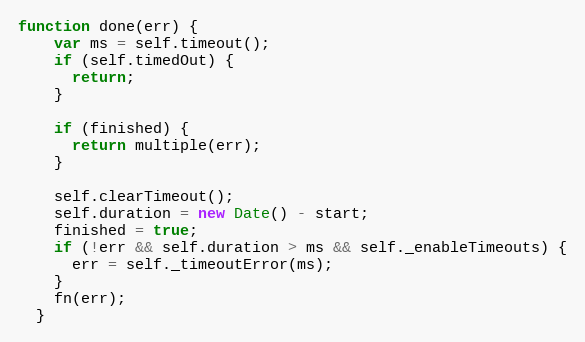
Language: JavaScript
function done(err) {
    var ms = self.timeout();
    if (self.timedOut) {
      return;
    }

    if (finished) {
      return multiple(err);
    }

    self.clearTimeout();
    self.duration = new Date() - start;
    finished = true;
    if (!err && self.duration > ms && self._enableTimeouts) {
      err = self._timeoutError(ms);
    }
    fn(err);
  }